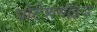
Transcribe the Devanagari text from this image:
पोटैशमाइड